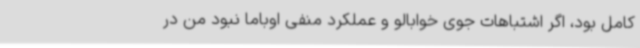
کامل بود،‌ اگر اشتباهات جوی خوابالو و عملکرد منفی اوباما نبود من در